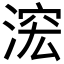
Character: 𱧟